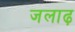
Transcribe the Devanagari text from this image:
जलाढ़